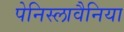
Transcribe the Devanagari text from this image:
पेनिस्लावैनिया